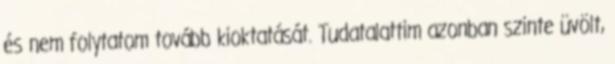
és nem folytatom tovább kioktatását. Tudatalattim azonban szinte üvölt,